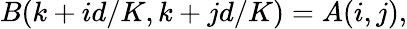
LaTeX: B(k+id/K,k+jd/K)=A(i,j),